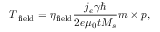
\boldsymbol { T } _ { \mathrm { f i e l d } } = { \eta } _ { \mathrm { f i e l d } } \frac { j _ { e } \gamma \hbar } { 2 e { \mu } _ { 0 } t M _ { s } } \boldsymbol { m } \times \boldsymbol { p } ,